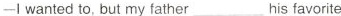
-Iwanted to, but my father___his favorite